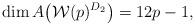
LaTeX: \begin{gather*}\dim A\big(\mathcal{W}(p)^{D_2}\big)=12 p-1,\end{gather*}